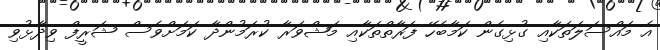
އެ މައްސަލަތަކާއި ގުޅިގެން ކަމާބެހޭ ފަރާތްތަކާއި މަޝްވަރާ ކުރަމުންދާ ކަމަަށްވެސް ޝަރީފް ވިދާޅުވި